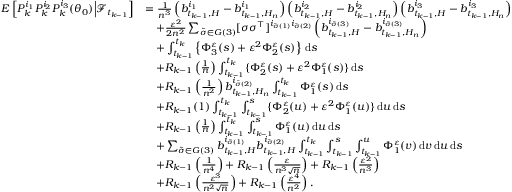
\begin{array} { r l } { E \left[ P _ { k } ^ { i _ { 1 } } P _ { k } ^ { i _ { 2 } } P _ { k } ^ { i _ { 3 } } ( \theta _ { 0 } ) \Big | \mathcal { F } _ { t _ { k - 1 } } \right] } & { = \frac { 1 } { n ^ { 3 } } \left( b _ { t _ { k - 1 } , H } ^ { i _ { 1 } } - b _ { t _ { k - 1 } , H _ { n } } ^ { i _ { 1 } } \right) \left( b _ { t _ { k - 1 } , H } ^ { i _ { 2 } } - b _ { t _ { k - 1 } , H _ { n } } ^ { i _ { 2 } } \right) \left( b _ { t _ { k - 1 } , H } ^ { i _ { 3 } } - b _ { t _ { k - 1 } , H _ { n } } ^ { i _ { 3 } } \right) } \\ & { \quad + \frac { \varepsilon ^ { 2 } } { 2 n ^ { 2 } } \sum _ { \tilde { \sigma } \in G ( 3 ) } [ \sigma \sigma ^ { \top } ] ^ { i _ { \tilde { \sigma } ( 1 ) } i _ { \tilde { \sigma } ( 2 ) } } \left( b _ { t _ { k - 1 } , H } ^ { i _ { \tilde { \sigma } ( 3 ) } } - b _ { t _ { k - 1 } , H _ { n } } ^ { i _ { \tilde { \sigma } ( 3 ) } } \right) } \\ & { \quad + \int _ { t _ { k - 1 } } ^ { t _ { k } } \left\{ \Phi _ { 3 } ^ { \varepsilon } ( s ) + \varepsilon ^ { 2 } \Phi _ { 2 } ^ { \varepsilon } ( s ) \right\} \, \mathrm { d } s } \\ & { \quad + R _ { k - 1 } \left( \frac { 1 } { n } \right) \int _ { t _ { k - 1 } } ^ { t _ { k } } \{ \Phi _ { 2 } ^ { \varepsilon } ( s ) + \varepsilon ^ { 2 } \Phi _ { 1 } ^ { \varepsilon } ( s ) \} \, \mathrm { d } s } \\ & { \quad + R _ { k - 1 } \left( \frac { 1 } { n ^ { 2 } } \right) b _ { t _ { k - 1 } , H _ { n } } ^ { i _ { \tilde { \sigma } ( 2 ) } } \int _ { t _ { k - 1 } } ^ { t _ { k } } \Phi _ { 1 } ^ { \varepsilon } ( s ) \, \mathrm { d } s } \\ & { \quad + R _ { k - 1 } ( 1 ) \int _ { t _ { k - 1 } } ^ { t _ { k } } \int _ { t _ { k - 1 } } ^ { s } \{ \Phi _ { 2 } ^ { \varepsilon } ( u ) + \varepsilon ^ { 2 } \Phi _ { 1 } ^ { \varepsilon } ( u ) \} \, \mathrm { d } u \, \mathrm { d } s } \\ & { \quad + R _ { k - 1 } \left( \frac { 1 } { n } \right) \int _ { t _ { k - 1 } } ^ { t _ { k } } \int _ { t _ { k - 1 } } ^ { s } \Phi _ { 1 } ^ { \varepsilon } ( u ) \, \mathrm { d } u \, \mathrm { d } s } \\ & { \quad + \sum _ { \tilde { \sigma } \in G ( 3 ) } b _ { t _ { k - 1 } , H } ^ { i _ { \tilde { \sigma } ( 1 ) } } b _ { t _ { k - 1 } , H } ^ { i _ { \tilde { \sigma } ( 2 ) } } \int _ { t _ { k - 1 } } ^ { t _ { k } } \int _ { t _ { k - 1 } } ^ { s } \int _ { t _ { k - 1 } } ^ { u } \Phi _ { 1 } ^ { \varepsilon } ( v ) \, \mathrm { d } v \, \mathrm { d } u \, \mathrm { d } s } \\ & { \quad + R _ { k - 1 } \left( \frac { 1 } { n ^ { 4 } } \right) + R _ { k - 1 } \left( \frac { \varepsilon } { n ^ { 3 } \sqrt { n } } \right) + R _ { k - 1 } \left( \frac { \varepsilon ^ { 2 } } { n ^ { 3 } } \right) } \\ & { \quad + R _ { k - 1 } \left( \frac { \varepsilon ^ { 3 } } { n ^ { 2 } \sqrt { n } } \right) + R _ { k - 1 } \left( \frac { \varepsilon ^ { 4 } } { n ^ { 2 } } \right) . } \end{array}